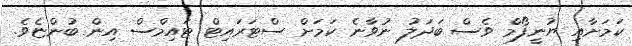
ކަމަށާއި ޔުނީފޯމް ވެސް ބަދަލު ނުވާނެ ކަމަށް ސްޓަރައިޓް ޓައިމްސް އިން ބުންޏެވެ.